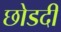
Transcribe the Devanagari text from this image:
छोडदी